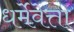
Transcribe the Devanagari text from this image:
धर्मेवेत्ता